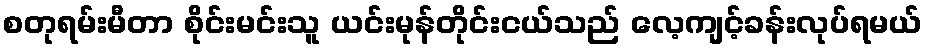
စတုရမ်းမီတာ စိုင်းမင်းသူ ယင်းမုန်တိုင်းငယ်သည် လေ့ကျင့်ခန်းလုပ်ရမယ်